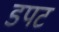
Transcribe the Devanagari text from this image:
डपट